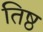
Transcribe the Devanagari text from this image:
तिष्ठ